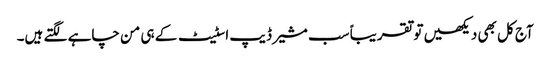
آج کل بھی دیکھیں تو تقریباً سب مشیر ڈیپ اسٹیٹ کے ہی من چاہے لگتے ہیں۔